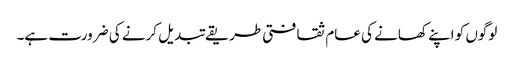
لوگوں کو اپنے کھانے کی عام ثقافتی طریقے تبدیل کرنے کی ضرورت ہے۔